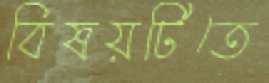
বিষয়টিতে